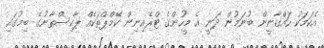
އެކަމަކު ހައްގާނީން ބުނަމުން ދަނީ އެ މީހުންގެ ޓްރެއިނިން ކޭމްޕްތަކެއް ޕާކިސްތާނުގެ ބިމުގައި